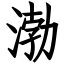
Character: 渤